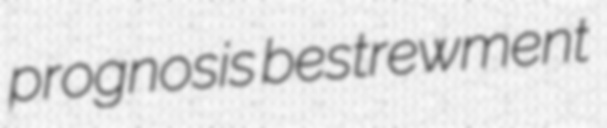
prognosis bestrewment